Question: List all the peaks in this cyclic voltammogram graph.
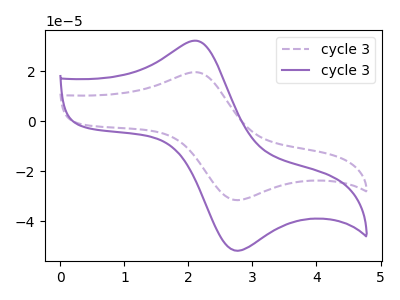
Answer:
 <answer>The purple dashed curve "cycle 31" has an anodic peak at (2.15V, 19.55uA) and a cathodic peak at (2.80V, -31.55uA). The purple curve "cycle 32" has an anodic peak at (2.15V, 32.15uA) and a cathodic peak at (2.80V, -51.80uA).</answer>
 <eval></eval>